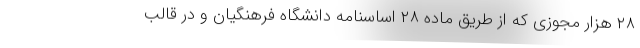
۲۸ هزار مجوزی که از طریق ماده ۲۸ اساسنامه دانشگاه فرهنگیان و در قالب